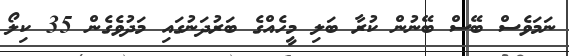
ނަމަވެސް ބޭސް ބޭނުން ކުރާ ބަލި މީހެއްގެ ބަރުދަނުގައި މަދުވެގެން 35 ކިލޯ